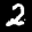
Label: 2